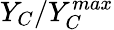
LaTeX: Y_{C}/Y_{{C}}^{max}